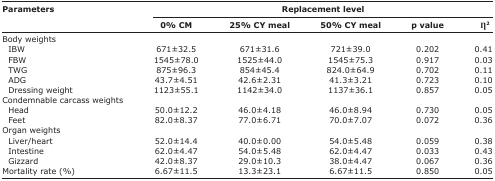
<table><thead><tr><td rowspan="3"><b>Parameters</b></td><td colspan="5"><b>Replacement level</b></td></tr><tr><td><b>0% CM</b></td><td><b>25% CY meal</b></td><td><b>50% CY meal</b></td><td><b>p value</b></td><td><b>η<sup>2</sup></b></td></tr></thead><tbody><tr><td>Body weights</td><td></td><td></td><td></td><td></td><td></td></tr><tr><td> IBW</td><td>671±32.5</td><td>671±31.6</td><td>721±39.0</td><td>0.202</td><td>0.41</td></tr><tr><td> FBW</td><td>1545±78.0</td><td>1525±44.0</td><td>1545±75.3</td><td>0.917</td><td>0.03</td></tr><tr><td> TWG</td><td>875±96.3</td><td>854±45.4</td><td>824.0±64.9</td><td>0.702</td><td>0.11</td></tr><tr><td> ADG</td><td>43.7±4.51</td><td>42.6±2.31</td><td>41.3±3.21</td><td>0.723</td><td>0.10</td></tr><tr><td> Dressing weight</td><td>1123±55.1</td><td>1142±34.0</td><td>1137±36.1</td><td>0.857</td><td>0.05</td></tr><tr><td>Condemnable carcass weights</td><td></td><td></td><td></td><td></td><td></td></tr><tr><td> Head</td><td>50.0±12.2</td><td>46.0±4.18</td><td>46.0±8.94</td><td>0.730</td><td>0.05</td></tr><tr><td> Feet</td><td>82.0±8.37</td><td>77.0±6.71</td><td>70.0±7.07</td><td>0.072</td><td>0.36</td></tr><tr><td>Organ weights</td><td></td><td></td><td></td><td></td><td></td></tr><tr><td> Liver/heart</td><td>52.0±14.4</td><td>40.0±0.00</td><td>54.0±5.48</td><td>0.059</td><td>0.38</td></tr><tr><td> Intestine</td><td>62.0±4.47</td><td>54.0±5.48</td><td>62.0±4.47</td><td>0.033</td><td>0.43</td></tr><tr><td> Gizzard</td><td>42.0±8.37</td><td>29.0±10.3</td><td>38.0±4.47</td><td>0.067</td><td>0.36</td></tr><tr><td>Mortality rate (%)</td><td>6.67±11.5</td><td>13.3±23.1</td><td>6.67±11.5</td><td>0.850</td><td>0.05</td></tr></tbody></table>